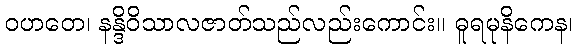
ဝဟတေ၊ နန္ဒိဝိသာလဇာတ်သည်လည်းကောင်း။ ဓူရမုနိကေန၊